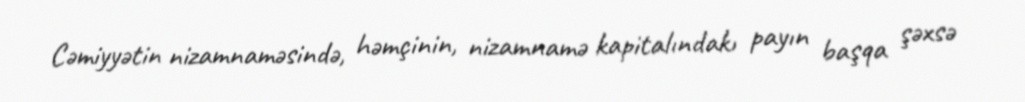
Cəmiyyətin nizamnaməsində, həmçinin, nizamnamə kapitalındakı payın başqa şəxsə